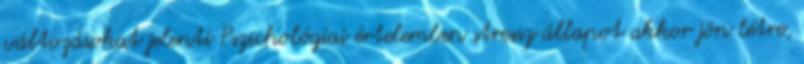
változásokat jelenti Pszichológiai értelemben stressz állapot akkor jön létre,